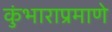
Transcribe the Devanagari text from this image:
कुंभाराप्रमाणे